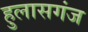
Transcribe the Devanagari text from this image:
हुलासगंज